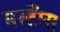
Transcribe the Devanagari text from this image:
मस्टैंग्स